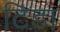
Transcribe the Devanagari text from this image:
टिडा